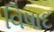
વિષાદ